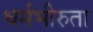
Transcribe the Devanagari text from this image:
धर्मभीरुता